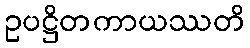
ဥပဋ္ဌိတကာယဿတိ